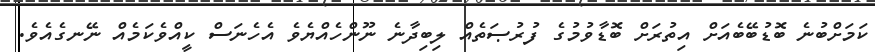
ކަމަށްބުނެ ބޮޑުބޭބެއަށް އިތުރަށް ބޮޑާވުމުގެ ފުރުޞަތެއް ލިބިދާނެ ނޫންހެއްޔެވެ އެހެނަސް ކީއްވެކަމެއް ނޭނގެއެވެ.